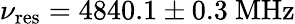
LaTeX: \nu_{\mathrm{res}}=4840.1\pm 0.3~\mathrm{MHz}